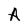
Character: A